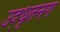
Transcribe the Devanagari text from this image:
उद्‌धृतनग